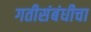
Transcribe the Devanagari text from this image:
गतीसंबंधीचा